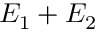
E _ { 1 } + E _ { 2 }